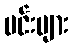
မင်းများ